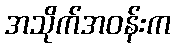
အသိုက်အဝန်းက